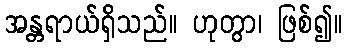
အန္တရာယ်ရှိသည်။ ဟုတွာ၊ ဖြစ်၍။